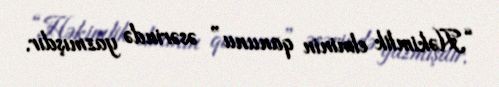
“Həkimlik elminin qanunu” əsərində yazmışdır.